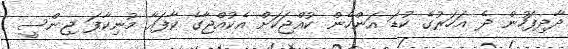
ދާދިފަހުން ދެ އަހަރުގެ ކުޑަ އަންހެން ކުއްޖަކަށް އެކުއްޖާގެ ކާފައާ މުނިކާފަ ޖިންސީ